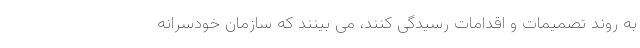
به روند تصمیمات و اقدامات رسیدگی کنند، می بینند که سازمان خودسرانه